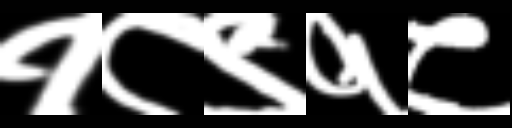
Text: १८९१८